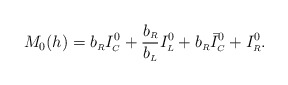
\begin{align*}M_0(h) = b_{\scriptscriptstyle R} I^{0}_{\scriptscriptstyle C}+\frac{b_{\scriptscriptstyle R}}{b_{\scriptscriptstyle L}}I^{0}_{\scriptscriptstyle L}+b_{\scriptscriptstyle R} \bar I^{0}_{\scriptscriptstyle C}+I^{0}_{\scriptscriptstyle R}. \end{align*}